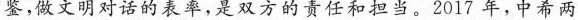
鉴，做文明对话的表率，是双方的责任和担当。2017年，中希两